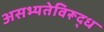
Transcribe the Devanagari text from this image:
असभ्यतेविरूद्ध